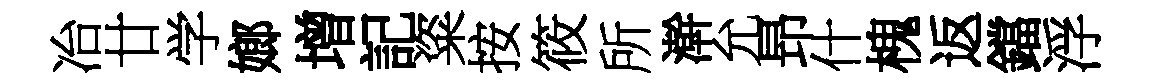
冶廿学嫏增記粢按筱所澣允昻什槐返鐺浮